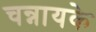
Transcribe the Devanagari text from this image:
चन्नायके